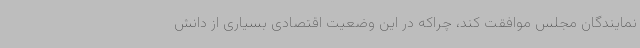
نمایندگان مجلس موافقت کند، چراکه در این وضعیت اقتصادی بسیاری از دانش